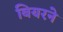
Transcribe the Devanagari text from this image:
बियरने